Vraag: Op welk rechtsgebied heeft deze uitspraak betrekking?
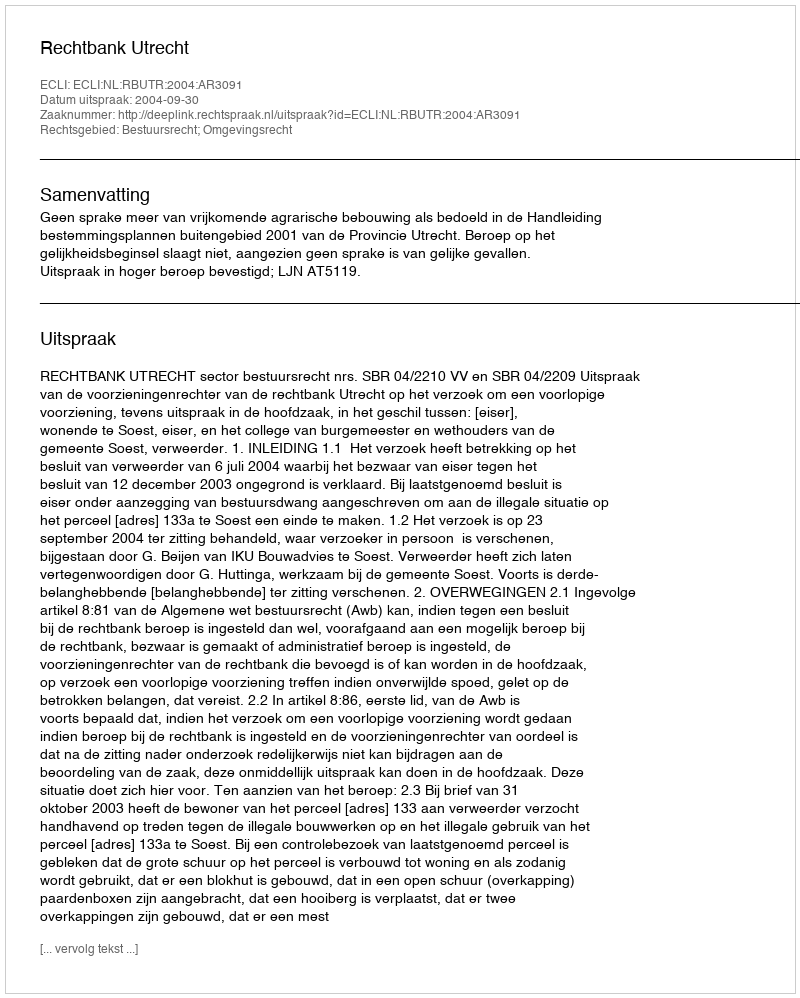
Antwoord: Bestuursrecht; Omgevingsrecht